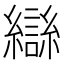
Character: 䜌